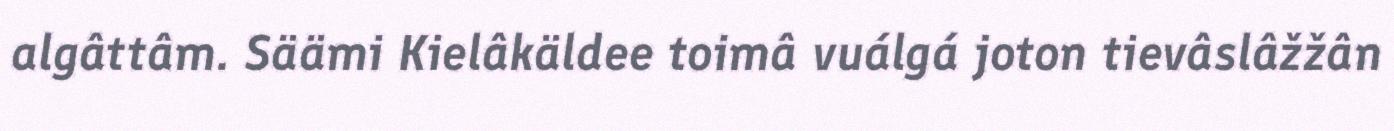
algâttâm. Säämi Kielâkäldee toimâ vuálgá joton tievâslâžžân